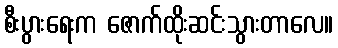
စီးပွားရေးက ဇောက်ထိုးဆင်းသွားတာလေ။